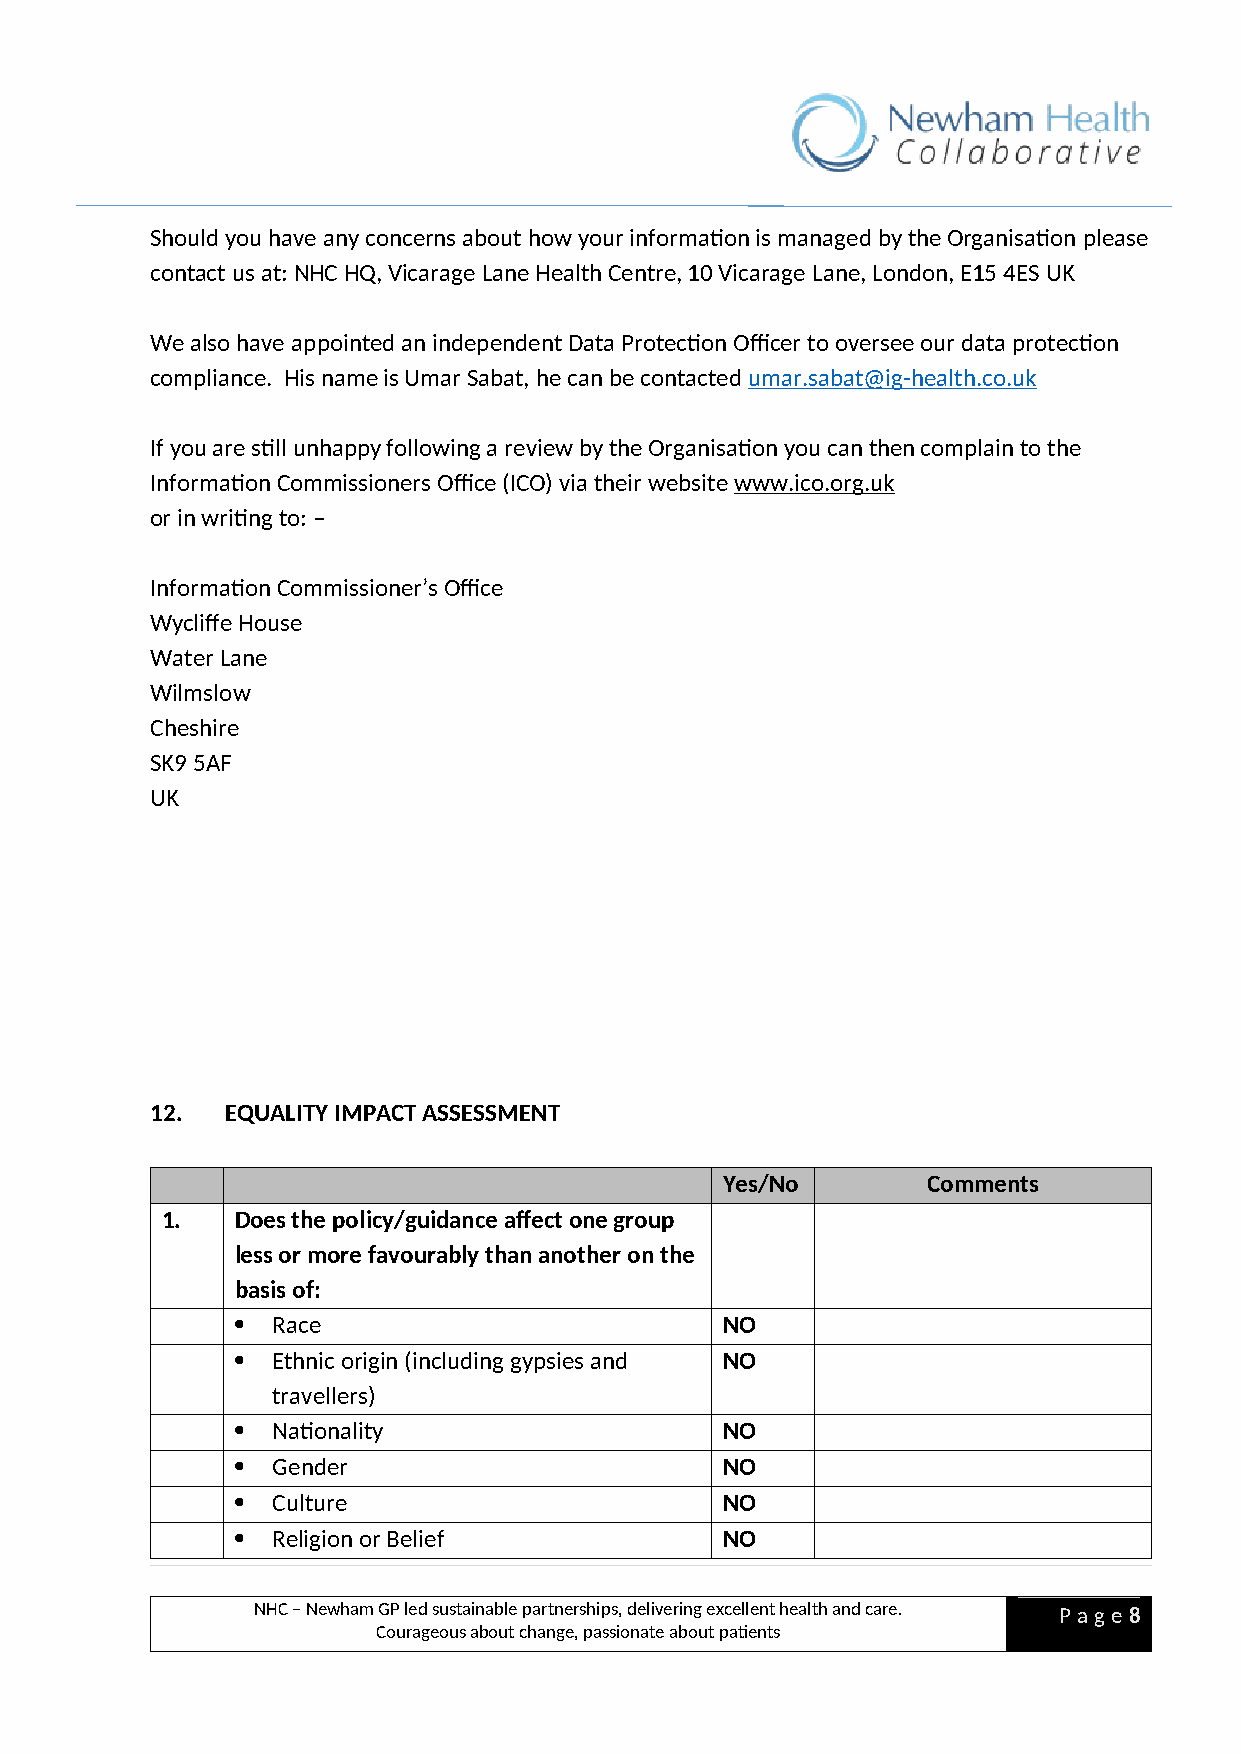
Should you have any concerns about how your information is managed by the Organisation please
 contact us at: NHC HQ, Vicarage Lane Health Centre, 10 Vicarage Lane, London, E15 4ES UK
 We also have appointed an independent Data Protection Officer to oversee our data protection
 compliance. His name is Umar Sabat, he can be contacted umar.sabat@ig-health.co.uk
 If you are still unhappy following a review by the Organisation you can then complain to the
 Information Commissioners Office (ICO) via their website www.ico.org.uk
 or in writing to: –
 Information Commissioner’s Office
 Wycliffe House
 Water Lane
 Wilmslow
 Cheshire
 SK9 5AF
 UK
 12.  EQUALITY IMPACT ASSESSMENT
 Yes/No       Comments
 1.   Does the policy/guidance affect one group
 less or more favourably than another on the
 basis of:
  Race                          NO
  Ethnic origin (including gypsies and NO
 travellers)
  Nationality                   NO
  Gender                        NO
  Culture                       NO
  Religion or Belief            NO
 NHC – Newham GP led sustainable partnerships, delivering excellent health and care. P a ge 8
 Courageous about change, passionate about patients